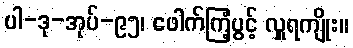
ပါ-ဒု-အုပ်-၉၅၊ ဖေါက်ကြံ့ပွင့် လှူရကျိုး။